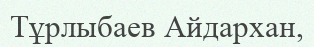
Тұрлыбаев Айдархан,